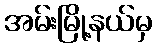
အမ်းမြို့နယ်မှ